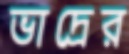
ভাদ্রের